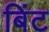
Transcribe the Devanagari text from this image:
बिंट